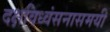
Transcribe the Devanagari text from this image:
दक्षविध्वंसनासमयी